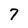
Character: 7